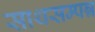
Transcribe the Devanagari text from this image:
साथसम्पन्न